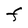
Character: F